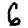
Digit: 6